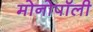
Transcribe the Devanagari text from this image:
मोनोपॉली